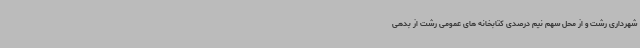
شهرداری رشت و از محل سهم نیم درصدی کتابخانه های عمومی رشت از بدهی